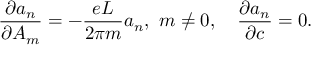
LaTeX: \frac { \partial a _ { n } } { \partial A _ { m } } = - \frac { e L } { 2 \pi m } a _ { n } , \ m \neq 0 , \quad \frac { \partial a _ { n } } { \partial c } = 0 .